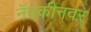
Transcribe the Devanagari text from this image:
नॅपकीनवर